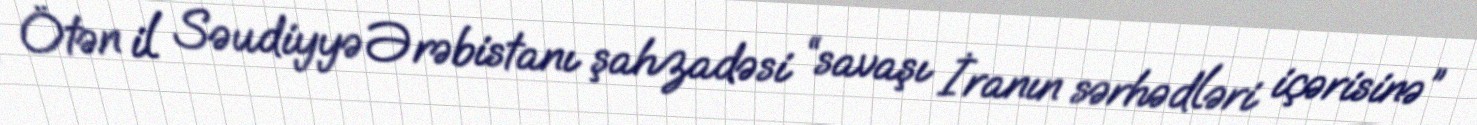
Ötən il Səudiyyə Ərəbistanı şahzadəsi “savaşı İranın sərhədləri içərisinə”